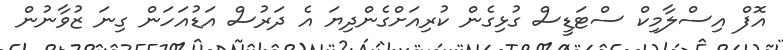
އޮފް އިސްލާމިކް ސްޓަޑީސް ގުޅިގެން ކުރިއަށްގެންދިޔަ އެ ދަރުސް އަޑުއަހަން ގިނަ ޒުވާނުން